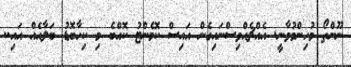
ނޫންތޯ މުހިންމުވާނީ. އެއްޗެއްވިސްނައިގެން އައިސް ކޮމެންޓު ކޮއްބެ މި ކިހާބޮޑު ބަލާއެއް އައި..